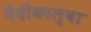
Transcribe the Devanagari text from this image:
पैदीकाल्वा